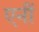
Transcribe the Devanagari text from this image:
एनीं